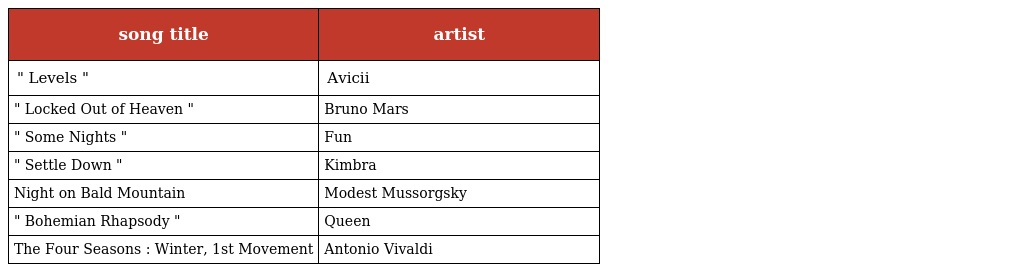
| song title | artist |
 | --- | --- |
 | " Levels " | Avicii |
 | " Locked Out of Heaven " | Bruno Mars |
 | " Some Nights " | Fun |
 | " Settle Down " | Kimbra |
 | Night on Bald Mountain | Modest Mussorgsky |
 | " Bohemian Rhapsody " | Queen |
 | The Four Seasons : Winter, 1st Movement | Antonio Vivaldi |